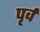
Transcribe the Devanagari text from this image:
पृर्व